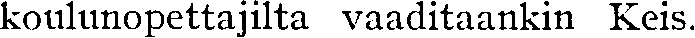
koulunopettajilta vaaditaankin Keis.